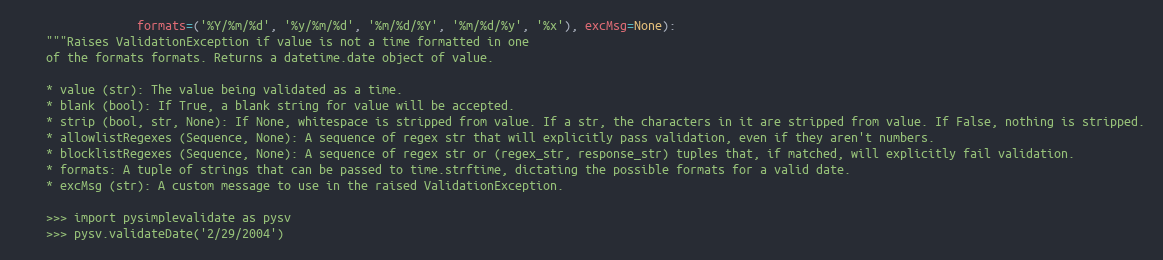
Language: Python
                 formats=('%Y/%m/%d', '%y/%m/%d', '%m/%d/%Y', '%m/%d/%y', '%x'), excMsg=None):
    """Raises ValidationException if value is not a time formatted in one
    of the formats formats. Returns a datetime.date object of value.

    * value (str): The value being validated as a time.
    * blank (bool): If True, a blank string for value will be accepted.
    * strip (bool, str, None): If None, whitespace is stripped from value. If a str, the characters in it are stripped from value. If False, nothing is stripped.
    * allowlistRegexes (Sequence, None): A sequence of regex str that will explicitly pass validation, even if they aren't numbers.
    * blocklistRegexes (Sequence, None): A sequence of regex str or (regex_str, response_str) tuples that, if matched, will explicitly fail validation.
    * formats: A tuple of strings that can be passed to time.strftime, dictating the possible formats for a valid date.
    * excMsg (str): A custom message to use in the raised ValidationException.

    >>> import pysimplevalidate as pysv
    >>> pysv.validateDate('2/29/2004')